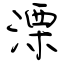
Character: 溧